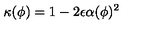
\kappa ( \phi ) = 1 - 2 \epsilon \alpha ( \phi ) ^ { 2 }